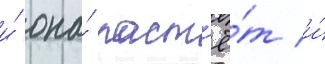
и́ она́ раст'ё́т и́